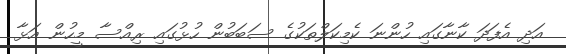
އަދި އެފަދަ ކާނާގައި ހުންނަ ކެމިކަލްތަކުގެ ސަބަބުން ހުޅުގައި ރިއްސާ މީހުން އަޅާ